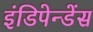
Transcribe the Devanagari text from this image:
इंडिपेन्डेंस